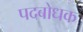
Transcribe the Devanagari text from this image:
पदबोधक